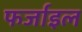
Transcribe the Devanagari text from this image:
फर्जाइल